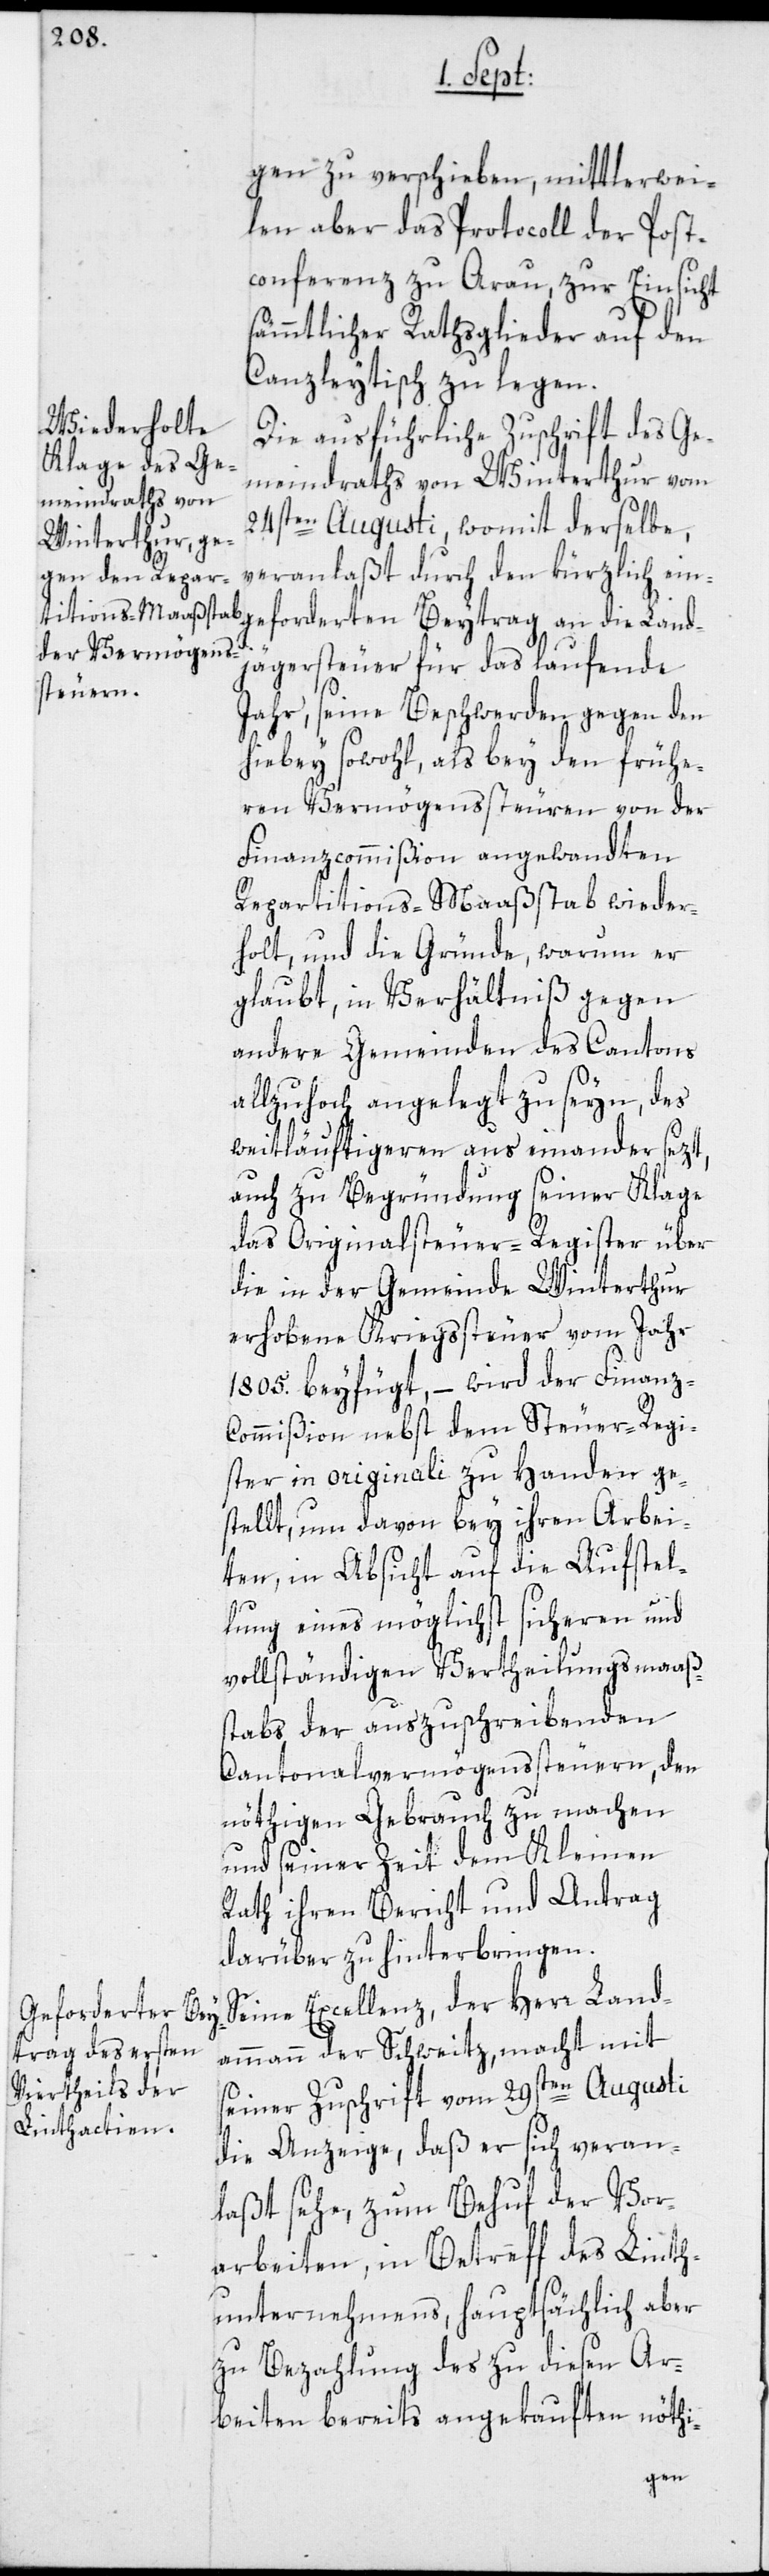
ie Landj¬
gen zu verschieben, mittlerwei¬
len aber das Protocoll der Post¬
conferenz zu Arau, zur Einsicht
sämmtlicher Rathsglieder auf den
Canzleytisch zu legen.
Die ausführliche Zuschrift des Ge¬
meindraths von Winterthur vom
24sten Augusti, womit derselbe,
veranlaßt durch den kürzlich ein¬
ägersteuer für das laufende
Jahr, seine Beschwerden gegen den
hiebey sowohl, als bey den frühe¬
ren Vermögenssteuren von der
Finanzcommißion angewandten
Repartitions-Maaßstab wieder¬
holt, und die Gründe, warum er
glaubt, in Verhältniß gegen
andere Gemeinden des Cantons
allzuhoch angelegt zu seyn, des
weitläufigeren aus einander sezt,
auch zu Begründung seiner Klage
das Originalsteuer-Register über
die in der Gemeinde Winterthur
erhobene Kriegssteuer vom Jahr
1805. beyfügt, – wird der Finanz-C¬
ommißion nebst dem Steuer-Regi¬
ster in originali zu Handen ge¬
stellt, um davon bey ihren Arbei¬
ten, in Absicht auf die Aufstel¬
lung eines möglichst sicheren und
vollständigen Vertheilungsmaaß¬
stabs der auszuschreibenden
Cantonalvermögenssteuern, den
nöthigen Gebrauch zu machen
und seiner Zeit dem Kleinen
Rath ihren Bericht und Antrag
darüber zu hinterbringen.
Seine Excellenz, der Herr Land¬
geforderten Bey¬
ammann der Schweitz, macht mit
seiner Zuschrift vom 29sten Augusti
die Anzeige, daß er sich veran¬
laßt sehe, zum Behuf der Vor¬
arbeiten, in Betreff des Linth¬
unternehmens, hauptsächlich aber
zu Bezahlung des zu diesen Ar¬
beiten bereits angekauften nöthi-